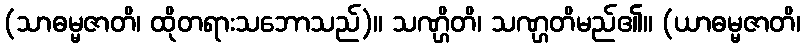
(သာဓမ္မဇာတိ၊ ထိုတရားသဘောသည်)။ သဏ္ဌိတိ၊ သဏ္ဌတိမည်၏။ (ယာဓမ္မဇာတိ၊